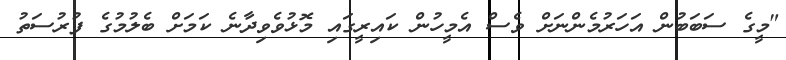
"މީގެ ސަބަބުން އަހަރުމެންނަށް ވެސް އެމީހުން ކައިރީގައި މޮޅުވެވިދާނެ ކަމަށް ބެލުމުގެ ފުރުސަތު